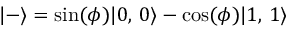
| - \rangle = \sin ( \phi ) | 0 , \, 0 \rangle - \cos ( \phi ) | 1 , \, 1 \rangle